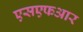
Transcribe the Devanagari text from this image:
एसएफआर